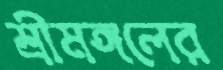
শ্রীমঙ্গলের